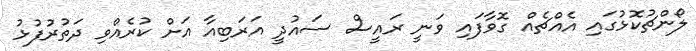
ލޯންޗުކޮޅުގައި އެއްޗެއް ގޮވާފައި ވަނީ ރައީސް ސައުދީ އަރަބިއާ އަށް ކުރެއްވި ދަތުރުފުޅު